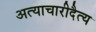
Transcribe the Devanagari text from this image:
अत्याचारीदैत्य